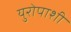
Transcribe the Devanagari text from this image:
युरोपाशी